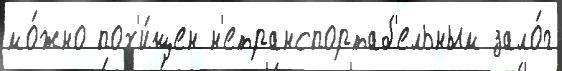
мо́жно пох'и́щен н'етранспортаб'ельным зало́г